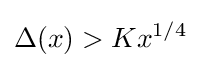
\Delta (x)>Kx^{1/4}